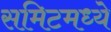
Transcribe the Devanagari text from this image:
समिटमध्ये